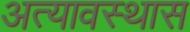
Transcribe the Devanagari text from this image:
अत्यावस्थास